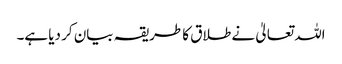
اللہ تعالیٰ نے طلاق کا طریقہ بیان کر دیا ہے۔